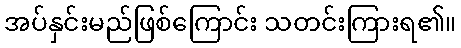
အပ်နှင်းမည်ဖြစ်ကြောင်း သတင်းကြားရ၏။